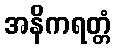
အနိကရတ္တံ